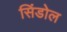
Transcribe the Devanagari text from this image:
सिंडोल